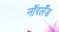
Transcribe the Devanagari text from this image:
नॉरलँड